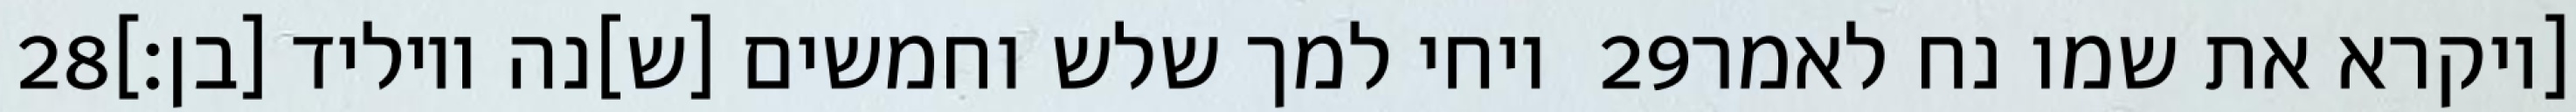
‎28‏ ויחי למך שלש וחמשים [ש]נה ויוליד [בן׃] ‎29‏ [ויקרא את שמו נח לאמר